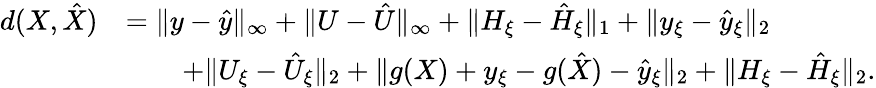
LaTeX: \begin{array}{rl}{d(X,\hat{X})}&{=\| y-\hat{y}\| _{\infty}+\| U-\hat{U}\| _{\infty}+\| H_{\xi}-\hat{H}_{\xi}\| _{1}+\| y_{\xi}-\hat{y}_{\xi}\| _{2}}\\ &{\qquad+\| U_{\xi}-\hat{U}_{\xi}\| _{2}+\| g(X)+y_{\xi}-g(\hat{X})-\hat{y}_{\xi}\| _{2}+\| H_{\xi}-\hat{H}_{\xi}\| _{2}.}\end{array}